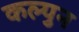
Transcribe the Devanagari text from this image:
कल्पुन